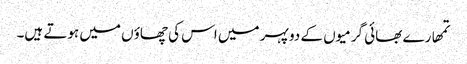
تمھارے بھائی گرمیوں کے دو پہر میں اس کی چھاؤں میں ہوتے ہیں۔